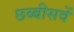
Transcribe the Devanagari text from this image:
छब्बीसवें